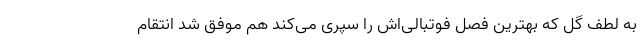
به لطف گل که بهترین فصل فوتبالی‌اش را سپری می‌کند هم موفق شد انتقام